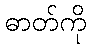
ဓာတ်ကို